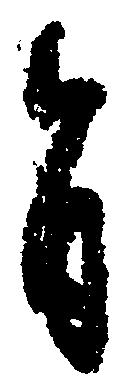
旨